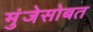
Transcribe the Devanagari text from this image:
मुंजेसोबत